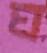
ঘ